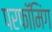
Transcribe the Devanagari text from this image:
परफॉमिंग